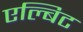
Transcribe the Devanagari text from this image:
एल्बिट